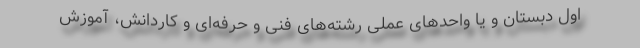
اول دبستان و یا واحدهای عملی رشته‌های فنی و حرفه‌ای و کاردانش، آموزش